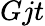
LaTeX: Gjt